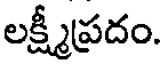
లక్ష్మీప్రదం.